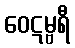
ဝေဋမ္ဗရီ